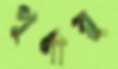
পূর্ণায়ু